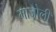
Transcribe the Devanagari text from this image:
माजोली